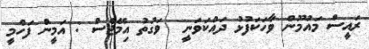
ރައީސް މައުމޫން ވާހަކަފުޅު ދައްކަވަނީ  ވަގުތު އިމޭޖްސް : އަމީން ފަހްމީ